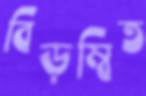
বিড়ম্বিত